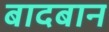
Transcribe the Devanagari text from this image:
बादबान